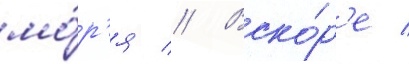
мо́р'я // Вско́р'е /